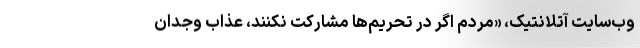
وب‌سایت آتلانتیک، «مردم اگر در تحریم‌ها مشارکت نکنند، عذاب وجدان